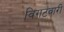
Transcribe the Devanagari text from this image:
विगटवारी